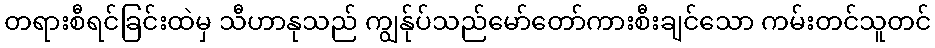
တရားစီရင်ခြင်းထဲမှ သီဟာနုသည် ကျွန်ုပ်သည်မော်တော်ကားစီးချင်သော ကမ်းတင်သူတင်